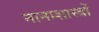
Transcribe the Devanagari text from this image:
नानाशास्त्रों